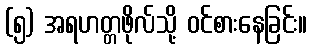
(၅) အရဟတ္တဖိုလ်သို့ ဝင်စားနေခြင်း။